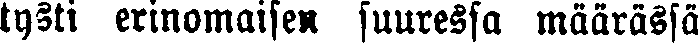
tysti erinomaisen suuressa määrässä